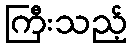
ကြီးသည့်